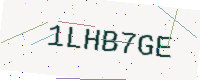
Text: 1LHB7GE